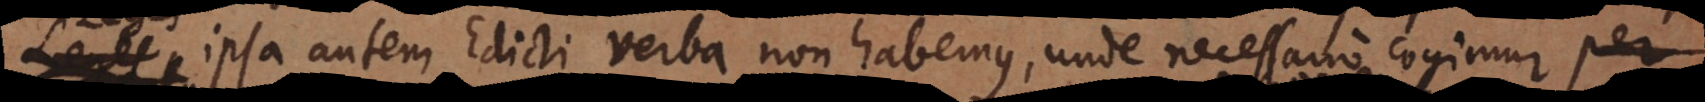
ipsa autem Edicti verba non habemus, unde necessario cogimur per